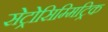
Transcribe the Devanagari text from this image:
सेट्रोसिम्मिट्रिक